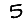
Digit: 5